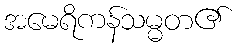
အမေရိကန်သမ္မတ၏